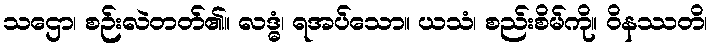
သဌော၊ စဉ်းလဲတတ်၏။ လဒ္ဓံ၊ ရအပ်သော။ ယသံ၊ စည်းစိမ်ကို။ ဝိနဿတိ၊